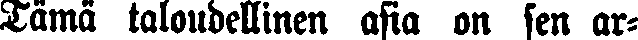
Tämä taloudellinen asia on sen ar-